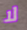
لا